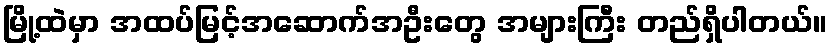
မြို့ထဲမှာ အထပ်မြင့်အဆောက်အဦးတွေ အများကြီး တည်ရှိပါတယ်။